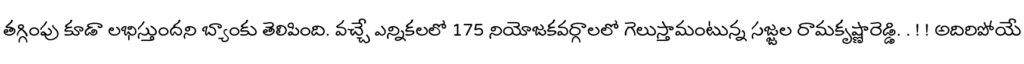
తగ్గింపు కూడా లభిస్తుందని బ్యాంకు తెలిపింది. వచ్చే ఎన్నికలలో 175 నియోజకవర్గాలలో గెలుస్తామంటున్న సజ్జల రామకృష్ణారెడ్డి. . ! ! అదిరిపోయే